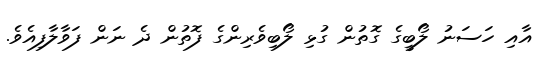
އާއި ހަސަނު ލޯބީގެ ގޮތުން ގުޅި ލޯބިވެރިންގެ ފޮތުން ދެ ނަން ފަވާލާފިއެވެ.